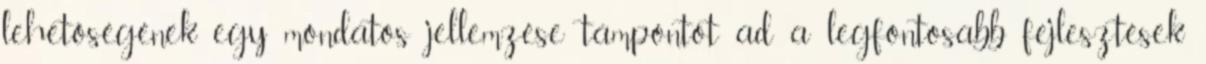
lehetőségének egy mondatos jellemzése támpontot ad a legfontosabb fejlesztések